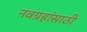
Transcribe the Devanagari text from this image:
नवग्रहांसाठी